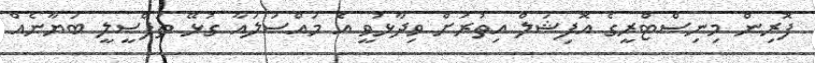
ފޮރިން މިނިސްޓްރީގެ އޮފިޝަލް އިތުރަށް ވިދާޅުވީ އެ މައްސަލައާ ގުޅޭ ތަފްސީލީ ބަޔާނެއް